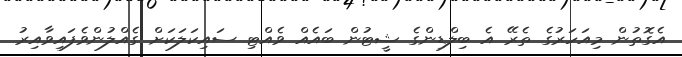
އެގޮތުން މިއަހަރުގެ ތެރޭ އެ ބިލްޑިންގެ ޝީޓުން ބައެއް ވެއްޓި ސައިކަލަކަށް ގެއްލުންވެފައިވާއިރު